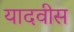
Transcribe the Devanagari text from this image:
यादवीस